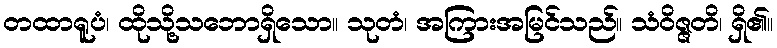
တထာရူပံ၊ ထိုသို့သဘောရှိသော။ သုတံ၊ အကြားအမြင်သည်။ သံဝိဇ္ဇတိ၊ ရှိ၏။